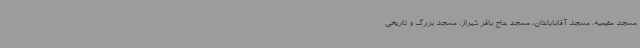
مسجد مقیمیه، مسجد آقاباباخان، مسجد حاج باقر شیراز، مسجد بزرگ و تاریخی